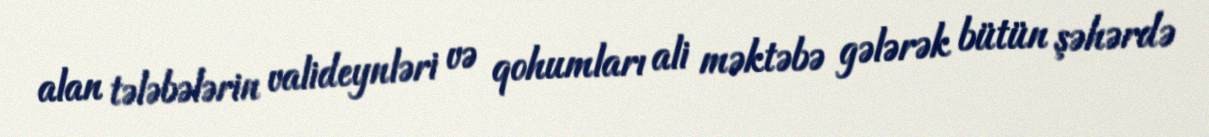
alan tələbələrin valideynləri və qohumları ali məktəbə gələrək bütün şəhərdə